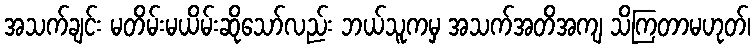
အသက်ချင်း မတိမ်းမယိမ်းဆိုသော်လည်း ဘယ်သူကမှ အသက်အတိအကျ သိကြတာမဟုတ်၊